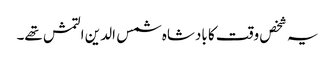
یہ شخص وقت کا بادشاہ شمس الدین التمش تھے۔